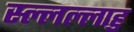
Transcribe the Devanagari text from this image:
स्ल्लल्लाहु